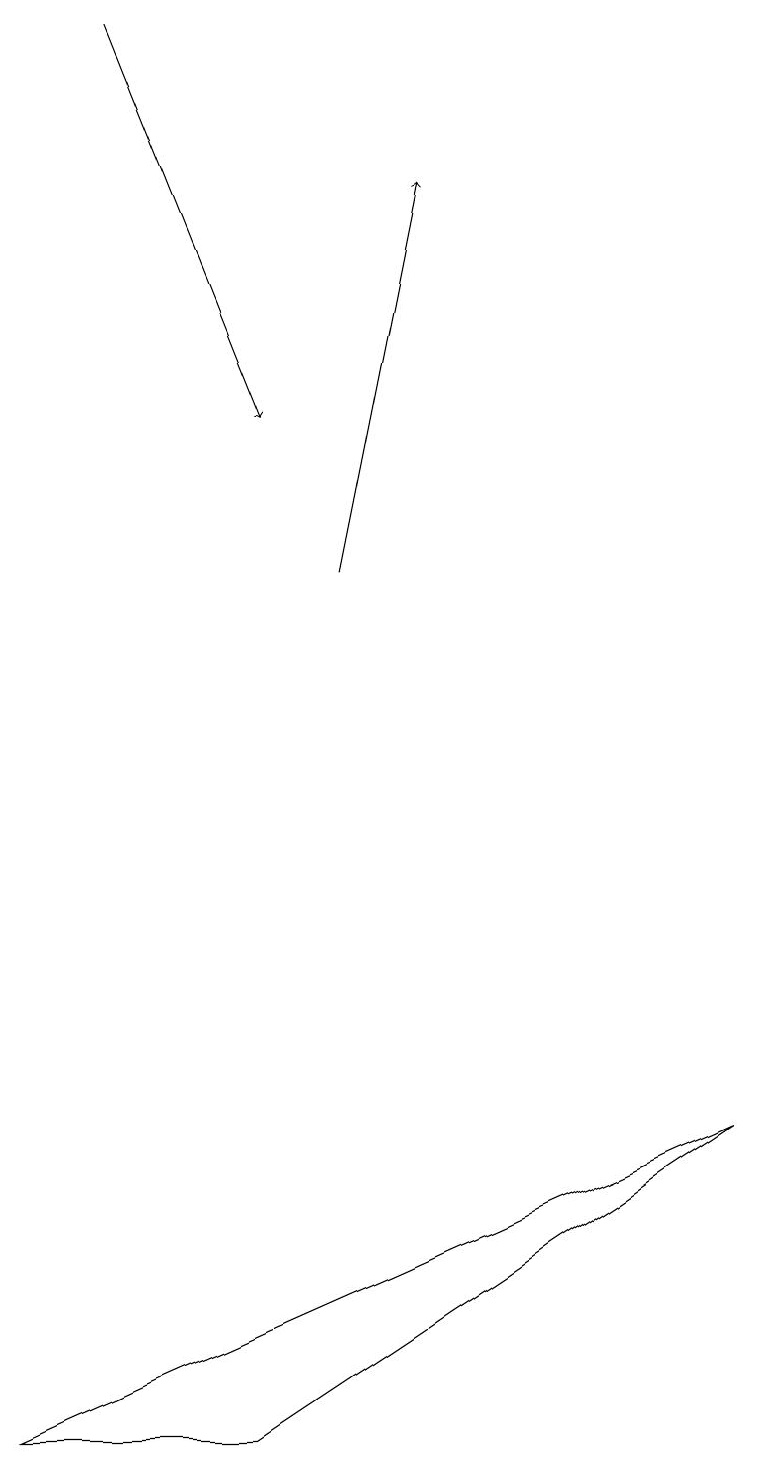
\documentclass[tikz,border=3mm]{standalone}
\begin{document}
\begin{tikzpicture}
\draw[->] (1,18) -- (3,13);
\draw (9,4) -- (3,0) -- (0,0) -- cycle;
\draw[->] (4,11) -- (5,16);
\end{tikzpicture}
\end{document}